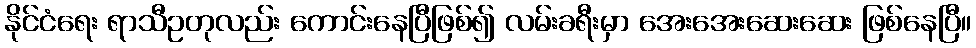
နိုင်ငံရေး ရာသီဥတုလည်း ကောင်းနေပြီဖြစ်၍ လမ်းခရီးမှာ အေးအေးဆေးဆေး ဖြစ်နေပြီ။